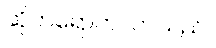
ဆိုက်ရောက်လာသည်။